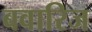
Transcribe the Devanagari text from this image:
बवारिज